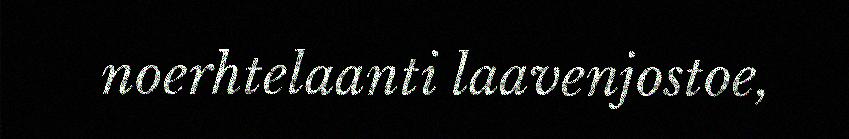
noerhtelaanti laavenjostoe,